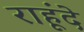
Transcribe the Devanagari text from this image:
राहूंदे